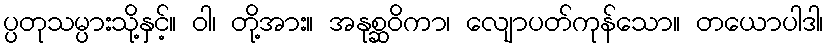
ပ္ပတုသမ္ပားသို့နှင့်။ ဝါ၊ တို့အား။ အနုစ္ဆဝိကာ၊ လျောပတ်ကုန်သော။ တယောပါဒါ၊